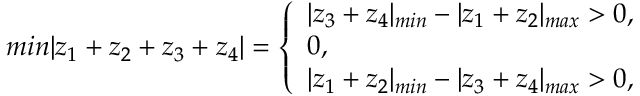
m i n | z _ { 1 } + z _ { 2 } + z _ { 3 } + z _ { 4 } | = \left\{ \begin{array} { l } { { | z _ { 3 } + z _ { 4 } | _ { m i n } - | z _ { 1 } + z _ { 2 } | _ { m a x } > 0 , } } \\ { { 0 , } } \\ { { | z _ { 1 } + z _ { 2 } | _ { m i n } - | z _ { 3 } + z _ { 4 } | _ { m a x } > 0 , } } \end{array} \right.